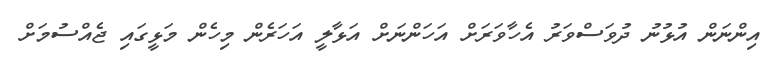
އިންނަން އުޅުނު ދުވަސްވަރު އެހާވަރަށް އަހަންނަށް އަޅާލީ އަހަރެން މިހެން މަޅީގައި ޖެއްސުމަށް